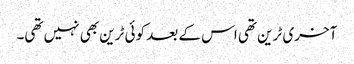
آخری ٹرین تھی اس کے بعد کوئی ٹرین بھی نہیں تھی۔